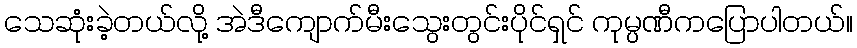
သေဆုံးခဲ့တယ်လို့ အဲဒီကျောက်မီးသွေးတွင်းပိုင်ရှင် ကုမ္ပဏီကပြောပါတယ်။